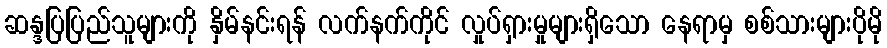
ဆန္ဒပြပြည်သူများကို နှိမ်နင်းရန် လက်နက်ကိုင် လှုပ်ရှားမှုများရှိသော နေရာမှ စစ်သားများပိုမို